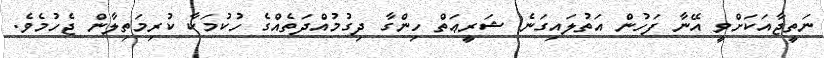
ނަތީޖާއަކަށްވީ އޭނާ ފަހުން އަތުލައިގަނެ ޝަރީޢަތް ހިންގާ ދިގުމުއްދަތެއްގެ ހުކުމަކާ ކުރިމަތިލާން ޖެހުމެވެ.